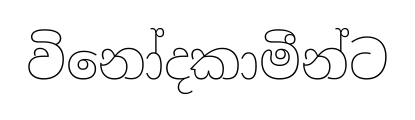
විනෝදකාමීන්ට